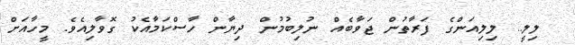
ލިލީ.. ލިލިއަންގެ ފަރާތުން ޖަވާބެއް ނުލިބުމުން ދިޔާން ހާސްކަމާއެކު ގޮވާލިއެވެ. މީހާއަށް